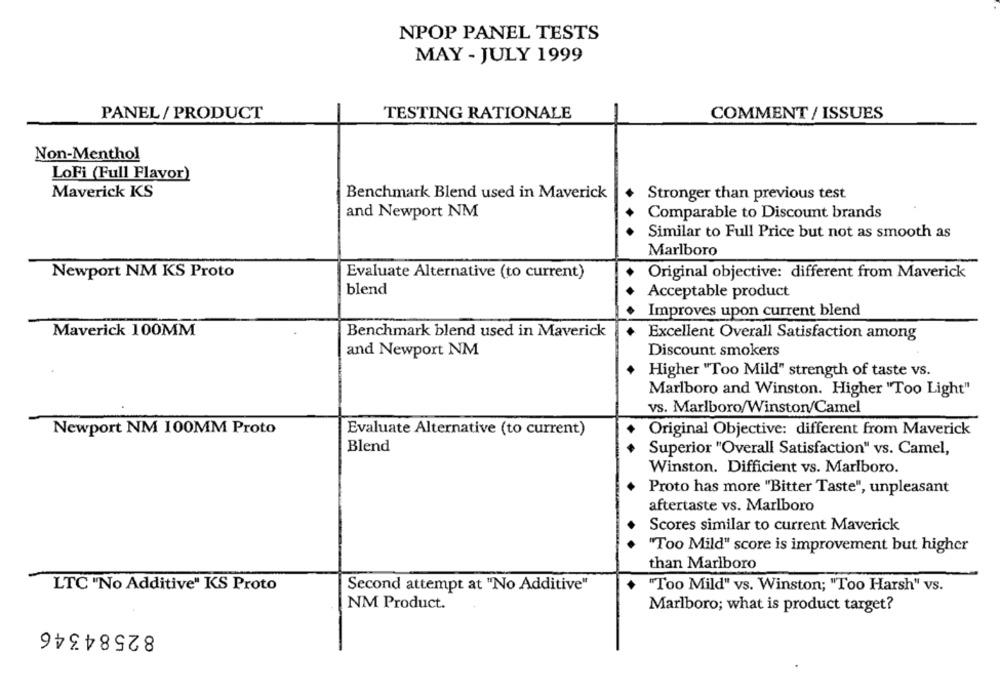
NPOP PANEL TESTS
MAY - JULY 1999
PANEL / PRODUCT
TESTING RATIONALE
COMMENT / ISSUES
Non-Menthol
LoFi (Full Flavor)
Maverick KS
Benchmark Blend used in Maverick
Stronger than previous test
and Newport NM
Comparable to Discount brands
Similar to Full Price but not as smooth as
Marlboro
Newport NM KS Proto
Evaluate Alternative (to current)
Original objective: different from Maverick
blend
Acceptable product
Improves upon current blend
Maverick 100MM
Benchmark blend used in Maverick
Excellent Overall Satisfaction among
and Newport NM
Discount smokers
Higher "Too Mild" strength of taste vs.
Marlboro and Winston. Higher "Too Light"
vs. Marlboro/Winston/Camel
Newport NM 100MM Proto
Evaluate Alternative (to current)
Original Objective: different from Maverick
Blend
Superior "Overall Satisfaction" vs. Camel,
Winston. Difficient vs. Marlboro.
Proto has more "Bitter Taste", unpleasant
aftertaste vs. Marlboro
Scores similar to current Maverick
"Too Mild" score is improvement but higher
than Marlboro
LTC "No Additive" KS Proto
Second attempt at "No Additive"
"Too Mild" vs. Winston; "Too Harsh" vs.
NM Product.
Marlboro; what is product target?
82584346